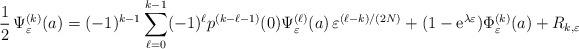
LaTeX: \begin{align*}\frac12\,\Psi_{\varepsilon}^{(k)}(a)=(-1)^{k-1}\sum_{\ell=0}^{k-1} (-1)^{\ell}p^{(k-\ell-1)}(0)\Psi_{\varepsilon}^{(\ell)}(a)\,\varepsilon^{(\ell-k)/(2N)}+(1-\mathrm{e}^{\lambda \varepsilon})\Phi_{\varepsilon}^{(k)}(a)+R_{k,\varepsilon}\end{align*}